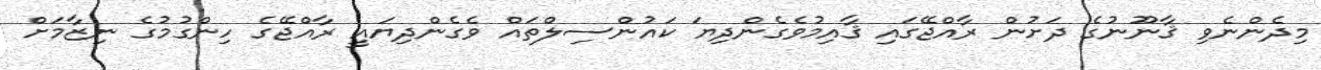
މިދެންނެވި ޤާނޫނުގެ ދަށުން ރާއްޖޭގައި ޤާއިމުވެގެންދިޔަ ކައުންސިލްތައް ވެގެންދިޔައީ ރާއްޖޭގެ ހިންގުމުގެ ނިޒާމަށް